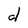
Character: d